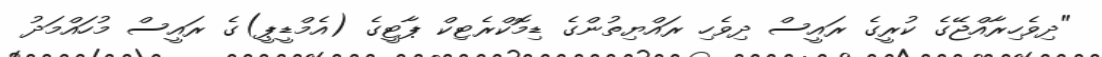
"ދިވެހިރާއްޖޭގެ ކުރީގެ ރައީސް ދިވެހި ރައްޔިތުންގެ ޑިމޮކްރެޓިކް ޕާޓީގެ (އެމްޑީޕީ)ގެ ރައީސް މުހައްމަދު